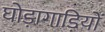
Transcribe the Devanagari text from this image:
घोड़ागाड़ियों